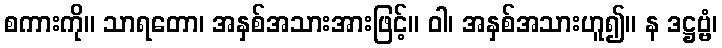
စကားကို။ သာရတော၊ အနှစ်အသားအားဖြင့်။ ဝါ၊ အနှစ်အသားဟူ၍။ န ဒဋ္ဌဗ္ဗံ၊